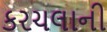
કરચલાની